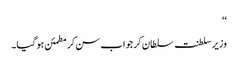
‘‘
وزیر سلطنت سلطان کر جواب سن کر مطمئن ہوگیا۔